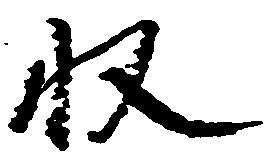
収